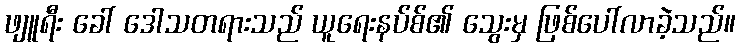
ဖျူရီး ခေါ် ဒေါသတရားသည် ယူရေးနပ်စ်၏ သွေးမှ ဖြစ်ပေါ်လာခဲ့သည်။